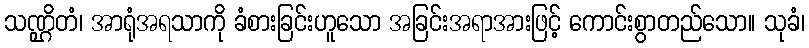
သဏ္ဌိတံ၊ အာရုံအရသာကို ခံစားခြင်းဟူသော အခြင်းအရာအားဖြင့် ကောင်းစွာတည်သော။ သုခံ၊